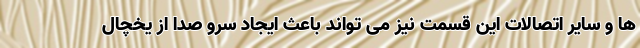
ها و سایر اتصالات این قسمت نیز می تواند باعث ایجاد سرو صدا از یخچال